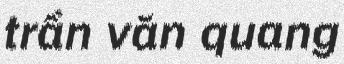
trần văn quang